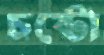
চষ্টো